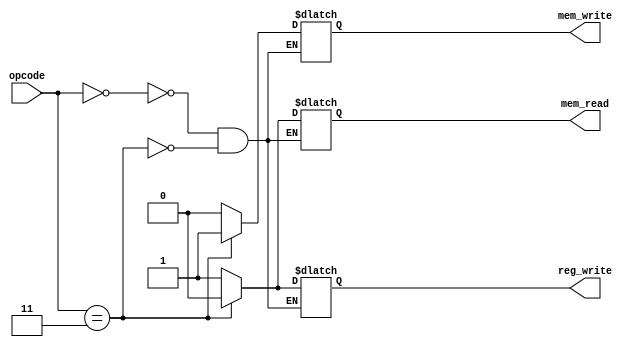
`timescale 1ns / 1ps
//////////////////////////////////////////////////////////////////////////////////
// Company: 
// Engineer: 
// 
// Design Name: 
// Module Name:    control 
// Project Name: 
// Target Devices: 
// Tool versions: 
// Description: 
//
// Dependencies: 
//
// Revision: 
// Revision 0.01 - File Created
// Additional Comments: 
//
//////////////////////////////////////////////////////////////////////////////////
module control(
    input [1:0] opcode,
    output reg reg_write,
	 output reg mem_read,
	 output reg mem_write
    );

always@(opcode)
	begin	
		case(opcode)
			2'b00:
				begin
					reg_write = 1'b1;
					mem_read = 1'b1;
					mem_write = 1'b0;
				end
			2'b11: 
				begin
					reg_write = 1'b0;
					mem_read = 1'b0;
					mem_write = 1'b1;
				end
		endcase
	end
endmodule